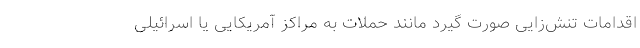
اقدامات تنش‌زایی صورت گیرد مانند حملات به مراکز آمریکایی یا اسرائیلی